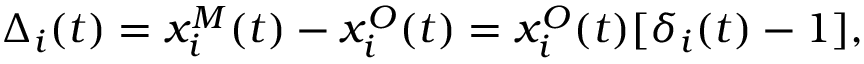
\Delta _ { i } ( t ) = x _ { i } ^ { M } ( t ) - x _ { i } ^ { O } ( t ) = x _ { i } ^ { O } ( t ) [ \delta _ { i } ( t ) - 1 ] ,